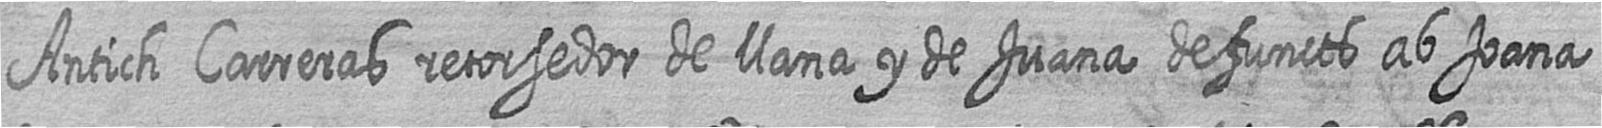
Antich Carreras retorsedor de llana y de Juana defuncts ab Joana